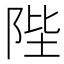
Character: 陛